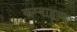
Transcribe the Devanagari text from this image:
कम्बाइण्ड